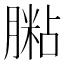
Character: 𦟶